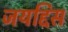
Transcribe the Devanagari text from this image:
जयद्दिस